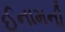
ઈનામની